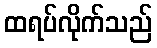
ထရပ်လိုက်သည်